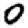
Digit: 0